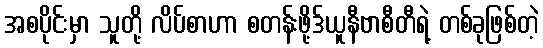
အစပိုင်းမှာ သူတို့ လိပ်စာဟာ စတန်းဖို့ဒ်ယူနီဗာစီတီရဲ့ တစ်ခုဖြစ်တဲ့